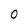
Character: O